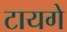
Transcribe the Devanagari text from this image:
टायगे